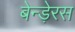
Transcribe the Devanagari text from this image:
बेन्ड़ेरस